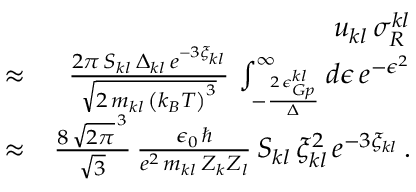
\begin{array} { r l r } & { } & { u _ { k l } \, \sigma _ { R } ^ { k l } } \\ & { \approx } & { \frac { 2 \pi \, S _ { k l } \, \Delta _ { k l } \, e ^ { - 3 \xi _ { k l } } } { \sqrt { 2 \, m _ { k l } \, \left( k _ { B } T \right) ^ { 3 } } } \, \int _ { - \frac { 2 \, \epsilon _ { G p } ^ { k l } } { \Delta } } ^ { \infty } d \epsilon \, e ^ { - \epsilon ^ { 2 } } } \\ & { \approx } & { \frac { 8 \, \sqrt { 2 \pi } ^ { \, 3 } } { \sqrt { 3 } } \, \frac { \epsilon _ { 0 } \, \hbar } { e ^ { 2 } \, m _ { k l } \, Z _ { k } Z _ { l } } \, S _ { k l } \, \xi _ { k l } ^ { 2 } \, e ^ { - 3 \xi _ { k l } } \, . } \end{array}